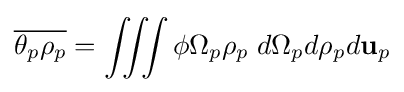
{\overline {\theta _{p}\rho _{p}}}=\int \!\!\!\int \!\!\!\int \phi \Omega _{p}\rho _{p}\;d\Omega _{p}d\rho _{p}d\mathbf {u} _{p}